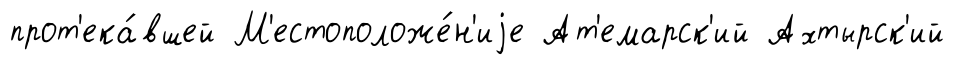
прот'ека́вшей М'естоположе́н'иjе Ат'емарск'ий Ахтырск'ий